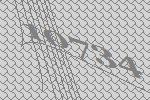
10734